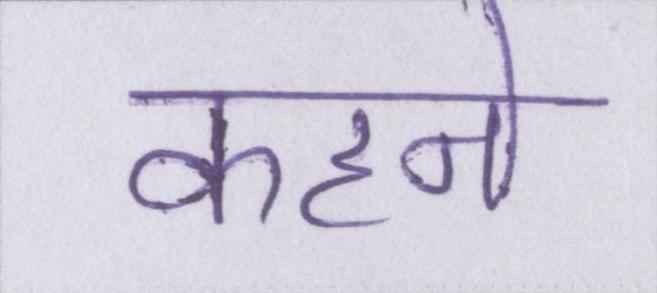
कहने